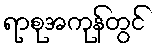
ရာစုအကုန်တွင်